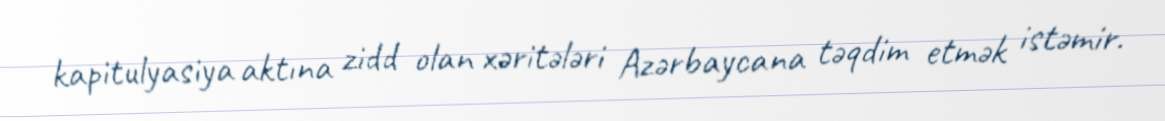
kapitulyasiya aktına zidd olan xəritələri Azərbaycana təqdim etmək istəmir.